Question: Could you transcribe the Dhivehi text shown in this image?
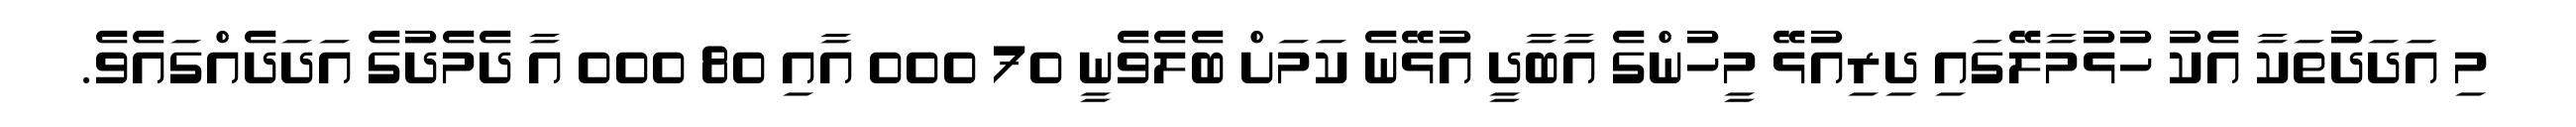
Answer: މި އަދަދުތަކާ އެކު ހުޅުމާލޭގައި ދިރިއުޅޭ މީހުންގެ އާބާދީ އުޅޭނެ ކަމަށް ބެލެވެނީ 70 000 އާއި 80 000 އާ ދެމެދުގެ އަދަދެއްގައެވެ.